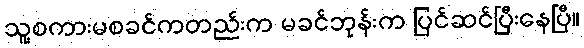
သူ့စကားမစခင်ကတည်းက မခင်ဘုန်းက ပြင်ဆင်ပြီးနေပြီ။